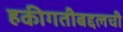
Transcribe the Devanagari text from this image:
हकीगतीबद्दलची